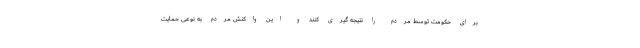
برای حکومت توسط مردم را نتیجه گیری کنند و این واکنش مردم به نوعی حمایت